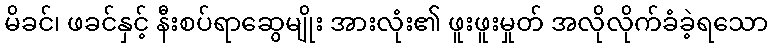
မိခင်၊ ဖခင်နှင့် နီးစပ်ရာဆွေမျိုး အားလုံး၏ ဖူးဖူးမှုတ် အလိုလိုက်ခံခဲ့ရသော